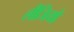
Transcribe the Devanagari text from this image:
लीजियो